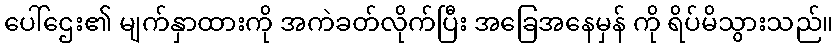
ပေါ်ဌေး၏ မျက်နှာထားကို အကဲခတ်လိုက်ပြီး အခြေအနေမှန် ကို ရိပ်မိသွားသည်။